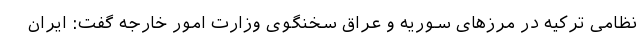
نظامی ترکیه در مرزهای سوریه و عراق سخنگوی وزارت امور خارجه گفت: ایران